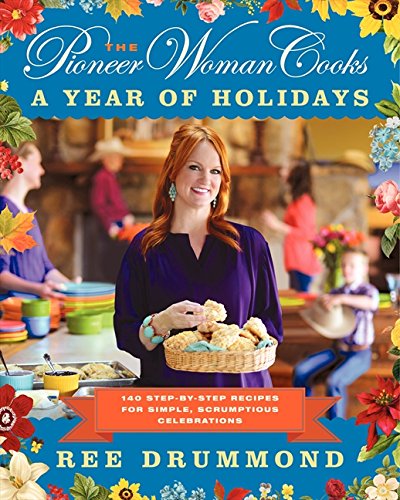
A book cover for The Pioneer Woman Cooks: A Year of Holidays: 140 Step-by-Step Recipes for Simple, Scrumptious Celebrations; Ree Drummond; Cookbooks, Food & Wine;